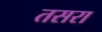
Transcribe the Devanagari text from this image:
तसरा